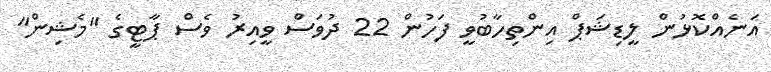
އަނެއްކޮޅުން ލީޑިޝަޕް އިންތިހާބުވީ ފަހުން 22 ދުވަސް ވީއިރު ވެސް ޕާޓީގެ "މެޝިން"